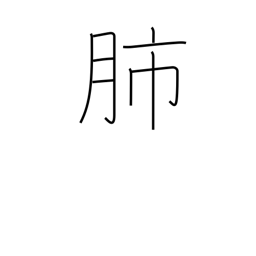
Meaning: lungs